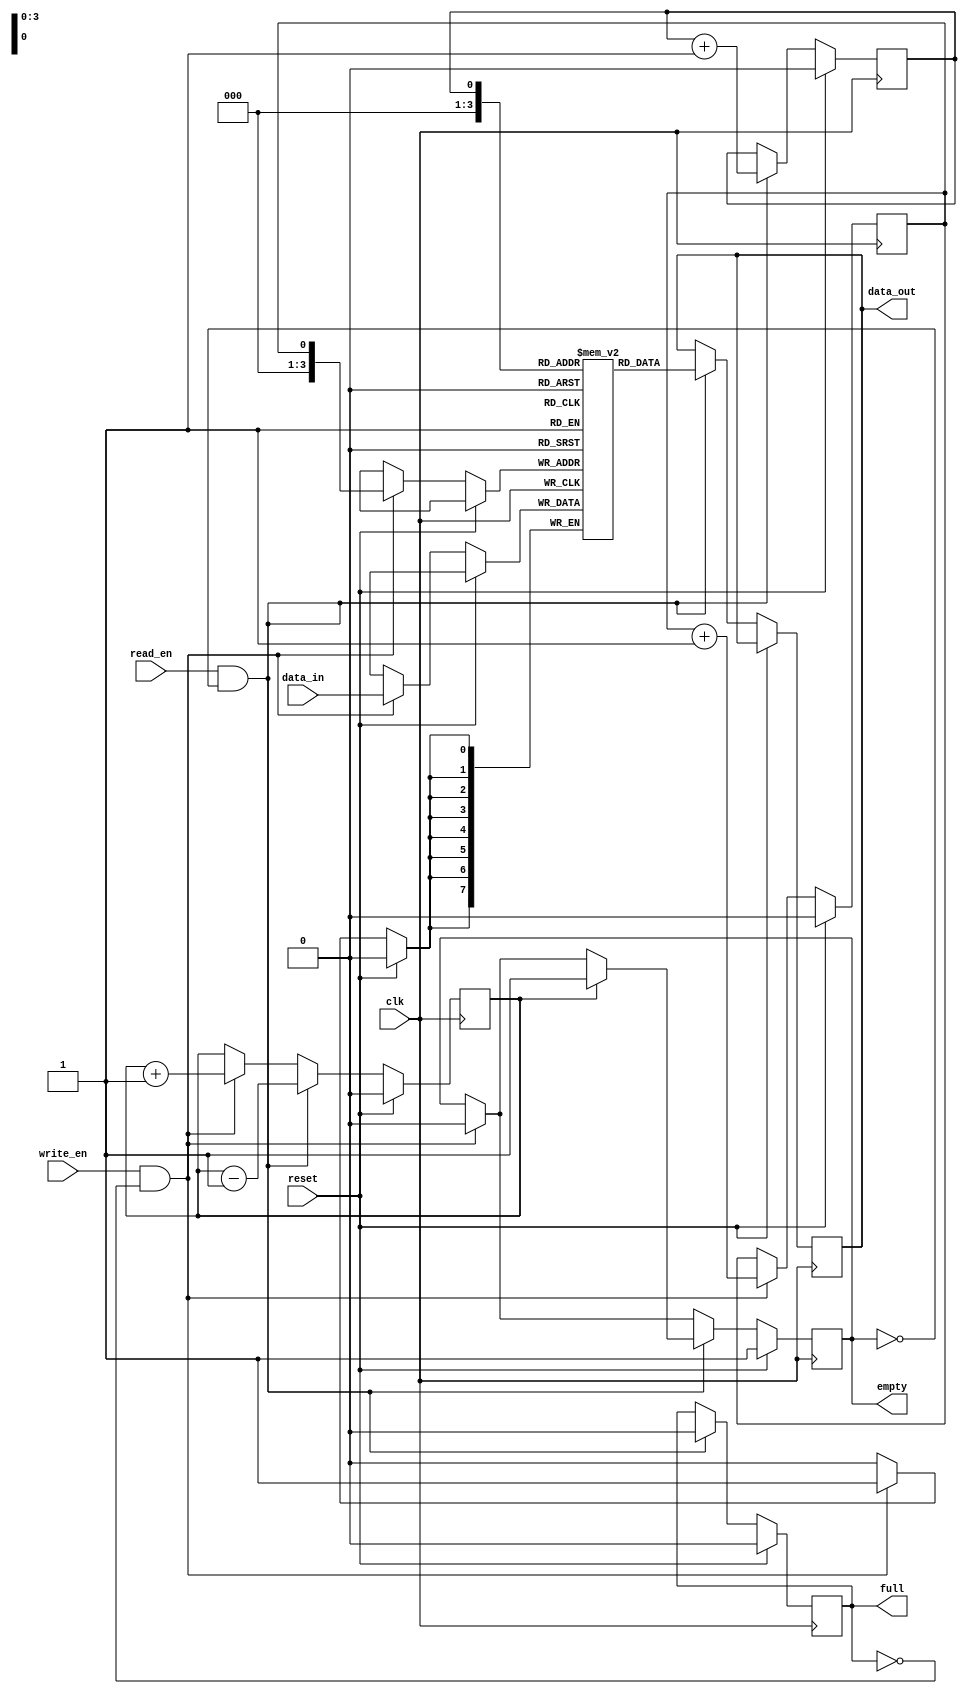
module Bidirectional_FIFO #(parameter DEPTH = 16)(
    input wire clk,
    input wire reset,
    input wire write_en,
    input wire read_en,
    input wire [7:0] data_in,
    output reg [7:0] data_out,
    output reg empty,
    output reg full
);

reg [7:0] fifo_mem [0:DEPTH-1];
reg wr_ptr = 0;
reg rd_ptr = 0;
reg count = 0;

always @(posedge clk) begin
    if (reset) begin
        wr_ptr <= 0;
        rd_ptr <= 0;
        count <= 0;
        empty <= 1;
        full <= 0;
    end else begin
        if (write_en && !full) begin
            fifo_mem[wr_ptr] <= data_in;
            wr_ptr <= wr_ptr + 1;
            count <= count + 1;
            if (count == DEPTH) full <= 1;
            if (empty) empty <= 0;
        end
        if (read_en && !empty) begin
            data_out <= fifo_mem[rd_ptr];
            rd_ptr <= rd_ptr + 1;
            count <= count - 1;
            if (count == 1) empty <= 1;
            if (full) full <= 0;
        end
    end
end

endmodule